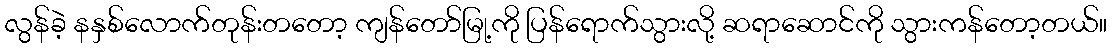
လွန်ခဲ့ နနှစ်လောက်တုန်းတတော့ ကျန်တော်မြု့ကို ပြန်ရောက်သွားလို့ ဆရာဆောင်ကို သွားကန်တော့တယ်။